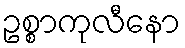
ဥစ္စာကုလီနော